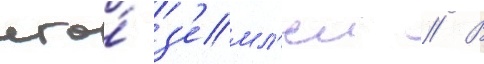
его́ з'емл'еи // В